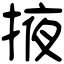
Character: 掖